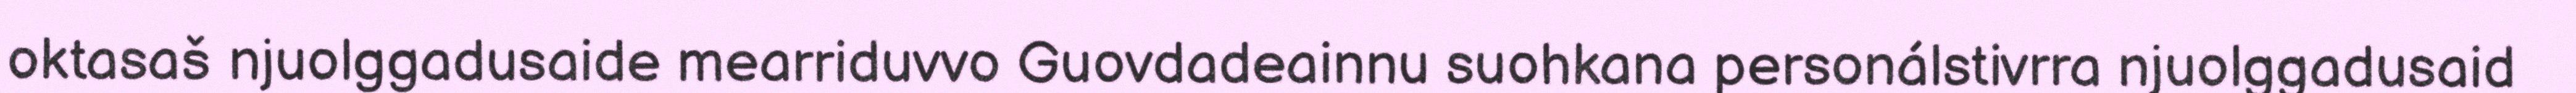
oktasaš njuolggadusaide mearriduvvo Guovdadeainnu suohkana personálstivrra njuolggadusaid